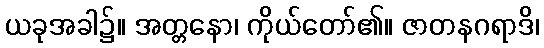
ယခုအခါ၌။ အတ္တနော၊ ကိုယ်တော်၏။ ဇာတနဂရာဒိ၊